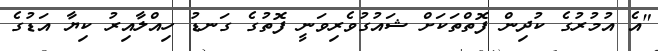
"އެ އުމުރުގެ ކުދިން ފޮތްތަކަށް ޝައުގުވެރިވަނީ ފޮތުގެ ގަނޑު ހިއްލާއިރު ކިޔާ އަޑުގެ